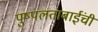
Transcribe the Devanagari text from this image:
पुष्पलताबाईंची